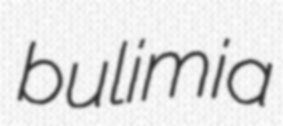
bulimia